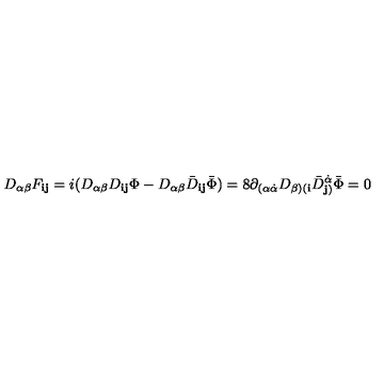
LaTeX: D _ { \alpha \beta } F _ { { \mathbf i } { \mathbf j } } = i ( D _ { \alpha \beta } D _ { { \mathbf i } { \mathbf j } } \Phi - D _ { \alpha \beta } { \bar { D } } _ { { \mathbf i } { \mathbf j } } { \bar { \Phi } } ) = 8 \partial _ { ( \alpha \dot { \alpha } } D _ { \beta ) ( { \mathbf i } } { \bar { D } } _ { { \mathbf j } ) } ^ { \dot { \alpha } } { \bar { \Phi } } = 0